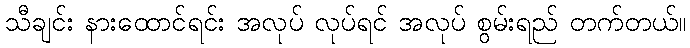
သီချင်း နားထောင်ရင်း အလုပ် လုပ်ရင် အလုပ် စွမ်းရည် တက်တယ်။